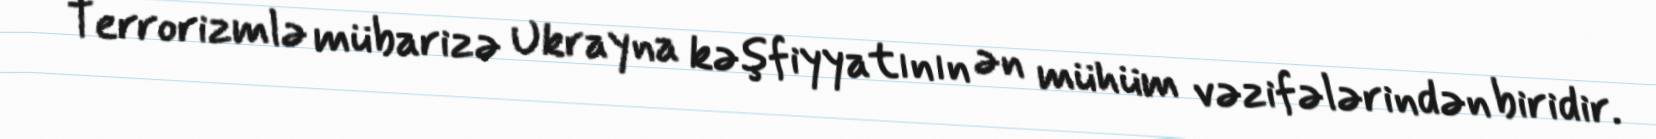
Terrorizmlə mübarizə Ukrayna kəşfiyyatının ən mühüm vəzifələrindən biridir.